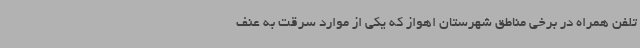
تلفن همراه در برخی مناطق شهرستان اهواز که یکی از موارد سرقت به عنف